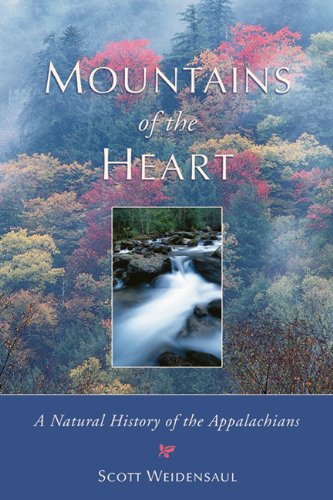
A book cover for Mountains of the Heart: A Natural History of the Appalachians; Scott Weidensaul; Science & Math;